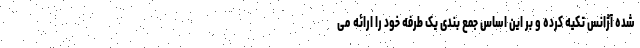
شده آژانس تکیه کرده و بر این اساس جمع بندی یک طرفه خود را ارائه می